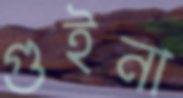
গুইনা